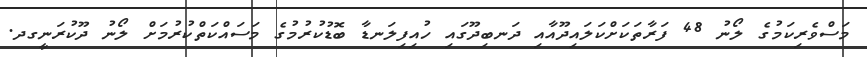
މަސްވެރިކަމުގެ ލޯނު 48 ފަރާތަކަށްކަލައިދޫއާއި ދަނބިދޫގައި ހުއިފިލަނޑާ ބޮޑުކުރުމުގެ މަސައްކަތްކުރުމަށް ލޯނު ދޫކުރަނީގދ.